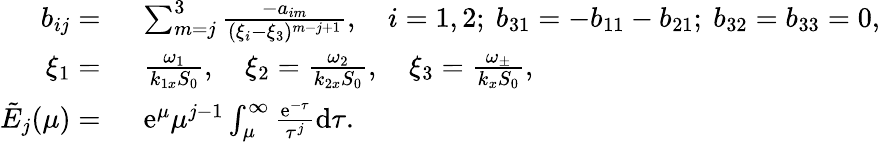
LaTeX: \begin{array}{rl}{b_{ij}=~}&{\sum_{m=j}^{3}\frac{-a_{im}}{(\xi_{i}-\xi_{3})^{m-j+1}},~~~~i=1,2;~b_{31}=-b_{11}-b_{21};~b_{32}=b_{33}=0,}\\ {\xi_{1}=~}&{\frac{\omega_{1}}{k_{1x}S_{0}},~~~~\xi_{2}=\frac{\omega_{2}}{k_{2x}S_{0}},~~~~\xi_{3}=\frac{\omega_{\pm}}{k_{x}S_{0}},}\\ {\tilde{E}_{j}(\mu)=~}&{\mathrm{e}^{\mu}\mu^{j-1}\int_{\mu}^{\infty}\frac{\mathrm{e}^{-\tau}}{\tau^{j}}\mathrm{d}\tau.}\end{array}